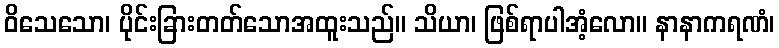
ဝိသေသော၊ ပိုင်းခြားတတ်သောအထူးသည်။ သိယာ၊ ဖြစ်ရာပါအံ့လော။ နာနာကရဏံ၊